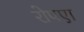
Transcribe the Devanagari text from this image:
रोपएा